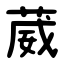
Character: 葳